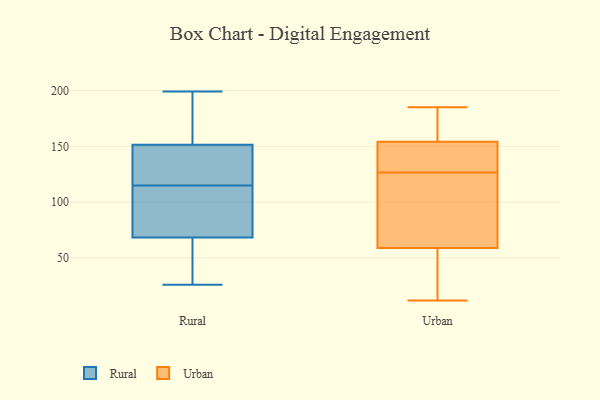
{"axis": {"x": "Population (Million)", "y": "Value"}, "legend": ["Rural", "Urban"], "data": [{"x": "", "y": 66, "type": "Rural"}, {"x": "", "y": 33, "type": "Rural"}, {"x": "", "y": 174, "type": "Rural"}, {"x": "", "y": 132, "type": "Rural"}, {"x": "", "y": 86, "type": "Rural"}, {"x": "", "y": 180, "type": "Rural"}, {"x": "", "y": 97, "type": "Rural"}, {"x": "", "y": 26, "type": "Rural"}, {"x": "", "y": 115, "type": "Rural"}, {"x": "", "y": 116, "type": "Rural"}, {"x": "", "y": 144, "type": "Rural"}, {"x": "", "y": 69, "type": "Rural"}, {"x": "", "y": 199, "type": "Rural"}, {"x": "", "y": 41, "type": "Urban"}, {"x": "", "y": 12, "type": "Urban"}, {"x": "", "y": 106, "type": "Urban"}, {"x": "", "y": 59, "type": "Urban"}, {"x": "", "y": 153, "type": "Urban"}, {"x": "", "y": 154, "type": "Urban"}, {"x": "", "y": 130, "type": "Urban"}, {"x": "", "y": 123, "type": "Urban"}, {"x": "", "y": 171, "type": "Urban"}, {"x": "", "y": 185, "type": "Urban"}]}